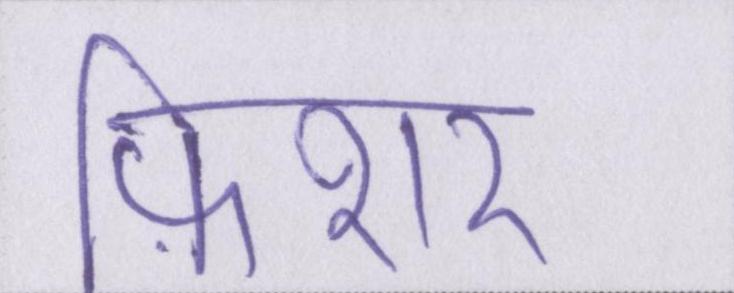
फ़िशर